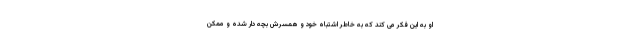
او به این فکر می کند که به خاطر اشتباه خود و همسرش بچه دار شده و ممکن